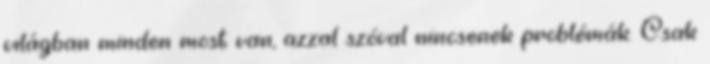
világban minden most van, azzal szóval nincsenek problémák. Csak